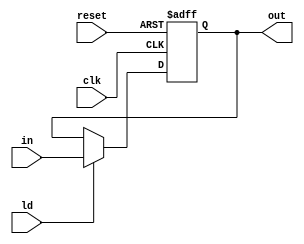
`timescale 1ns / 1ps
//////////////////////////////////////////////////////////////////////////////////
// Company: 
// Engineer: 
// 
// Design Name: 
// Module Name: pipo
// Project Name: 
// Target Devices: 
// Tool Versions: 
// Description: 
// 
// Dependencies: 
// 
// Revision:
// Revision 0.01 - File Created
// Additional Comments:
// 
//////////////////////////////////////////////////////////////////////////////////


module pipo(output reg [32:0] out,input [32:0] in, input ld,clk,reset);
always @(posedge clk, posedge reset)
begin
    if(reset)
        out <= 0;
    else if(ld)
        out <= in;
end
endmodule